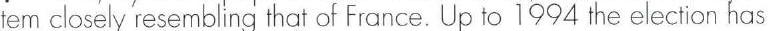
tem closely resembling that of France. Up to 1994 the election has